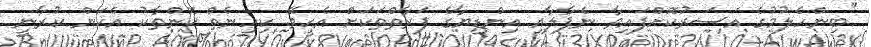
''ބިންހެލުމުގެ އަސަރުކޮށްފައިވާ ނެޕާލާއި އިންޑިޔާގެ ފަރާތްތަކަށް އެހީވޭ. ކިހިނެތް ކޮންތާކު އެކަން ކުރާނީ